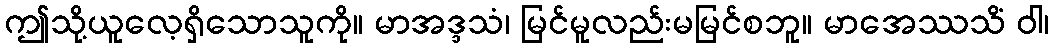
ဤသို့ယူလေ့ရှိသောသူကို။ မာအဒ္ဒသံ၊ မြင်မူလည်းမမြင်စဘူ။ မာအေဿသိံ ဝါ၊